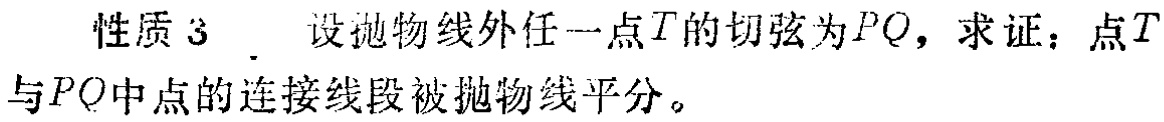
性质 3 . 设抛物线外任一点\(T\)的切弦为\(PQ\)，求证：点\(T\)与\(PQ\)中点的连接线段被抛物线平分。